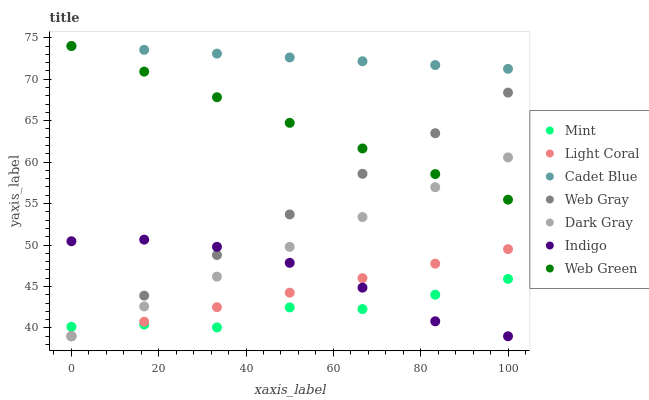
| xaxis_label | Mint | Light Coral | Cadet Blue | Web Gray | Dark Gray | Indigo | Web Green |
 | --- | --- | --- | --- | --- | --- | --- | --- |
 | 0 | 40.1 | 39 | 74 | 39 | 39 | 50.5 | 74 |
 | 16.7 | 40.4 | 40.8 | 73.5 | 43.9 | 42.6 | 50.7 | 70.9 |
 | 33.3 | 40.1 | 42.5 | 73.1 | 48.8 | 46.2 | 49.8 | 67.8 |
 | 50 | 42.5 | 44.3 | 72.6 | 53.7 | 49.8 | 47.9 | 64.7 |
 | 66.7 | 42.3 | 46 | 72.2 | 58.6 | 53.4 | 44.9 | 61.6 |
 | 83.3 | 44 | 47.8 | 71.7 | 63.5 | 57 | 40.8 | 58.6 |
 | 100 | 45.9 | 49.5 | 71.2 | 68.4 | 60.6 | 39 | 55.5 |